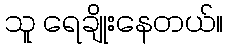
သူ ရေချိုးနေတယ်။